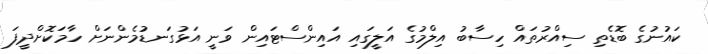
ކައުނުގެ ބޮޑެތި ސިއްރުތައް ހިސާބު އިލްމުގެ އަލީގައި އައިންސްޓައިން ވަނީ އަޅުގަނޑުމެންނަށް ހާމަކޮށްދީފަ